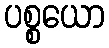
ပစ္စယော